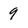
Character: 9